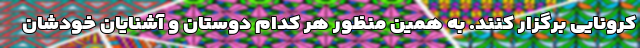
کرونایی برگزار کنند. به همین منظور هر کدام دوستان و آشنایان خودشان